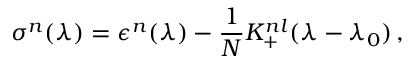
\sigma ^ { n } ( \lambda ) = \epsilon ^ { n } ( \lambda ) - { \frac { 1 } { N } } K _ { + } ^ { n l } ( \lambda - \lambda _ { 0 } ) \, ,